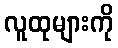
လူထုများကို